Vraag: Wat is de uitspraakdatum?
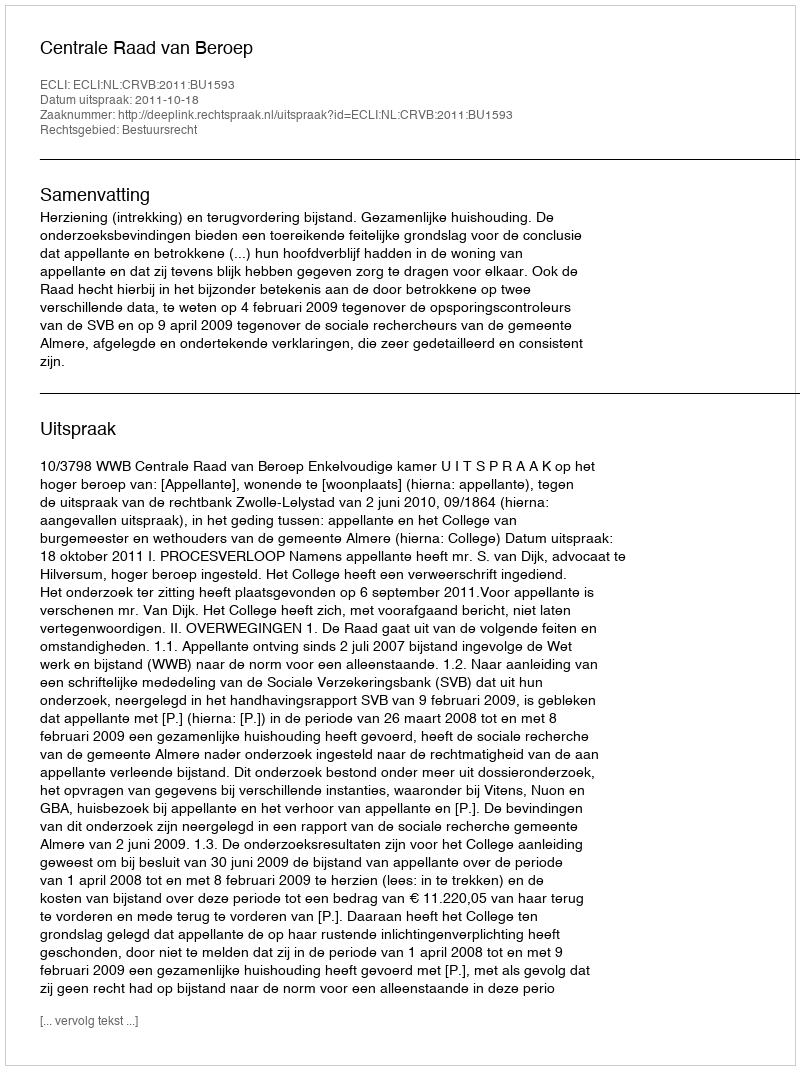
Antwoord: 2011-10-18